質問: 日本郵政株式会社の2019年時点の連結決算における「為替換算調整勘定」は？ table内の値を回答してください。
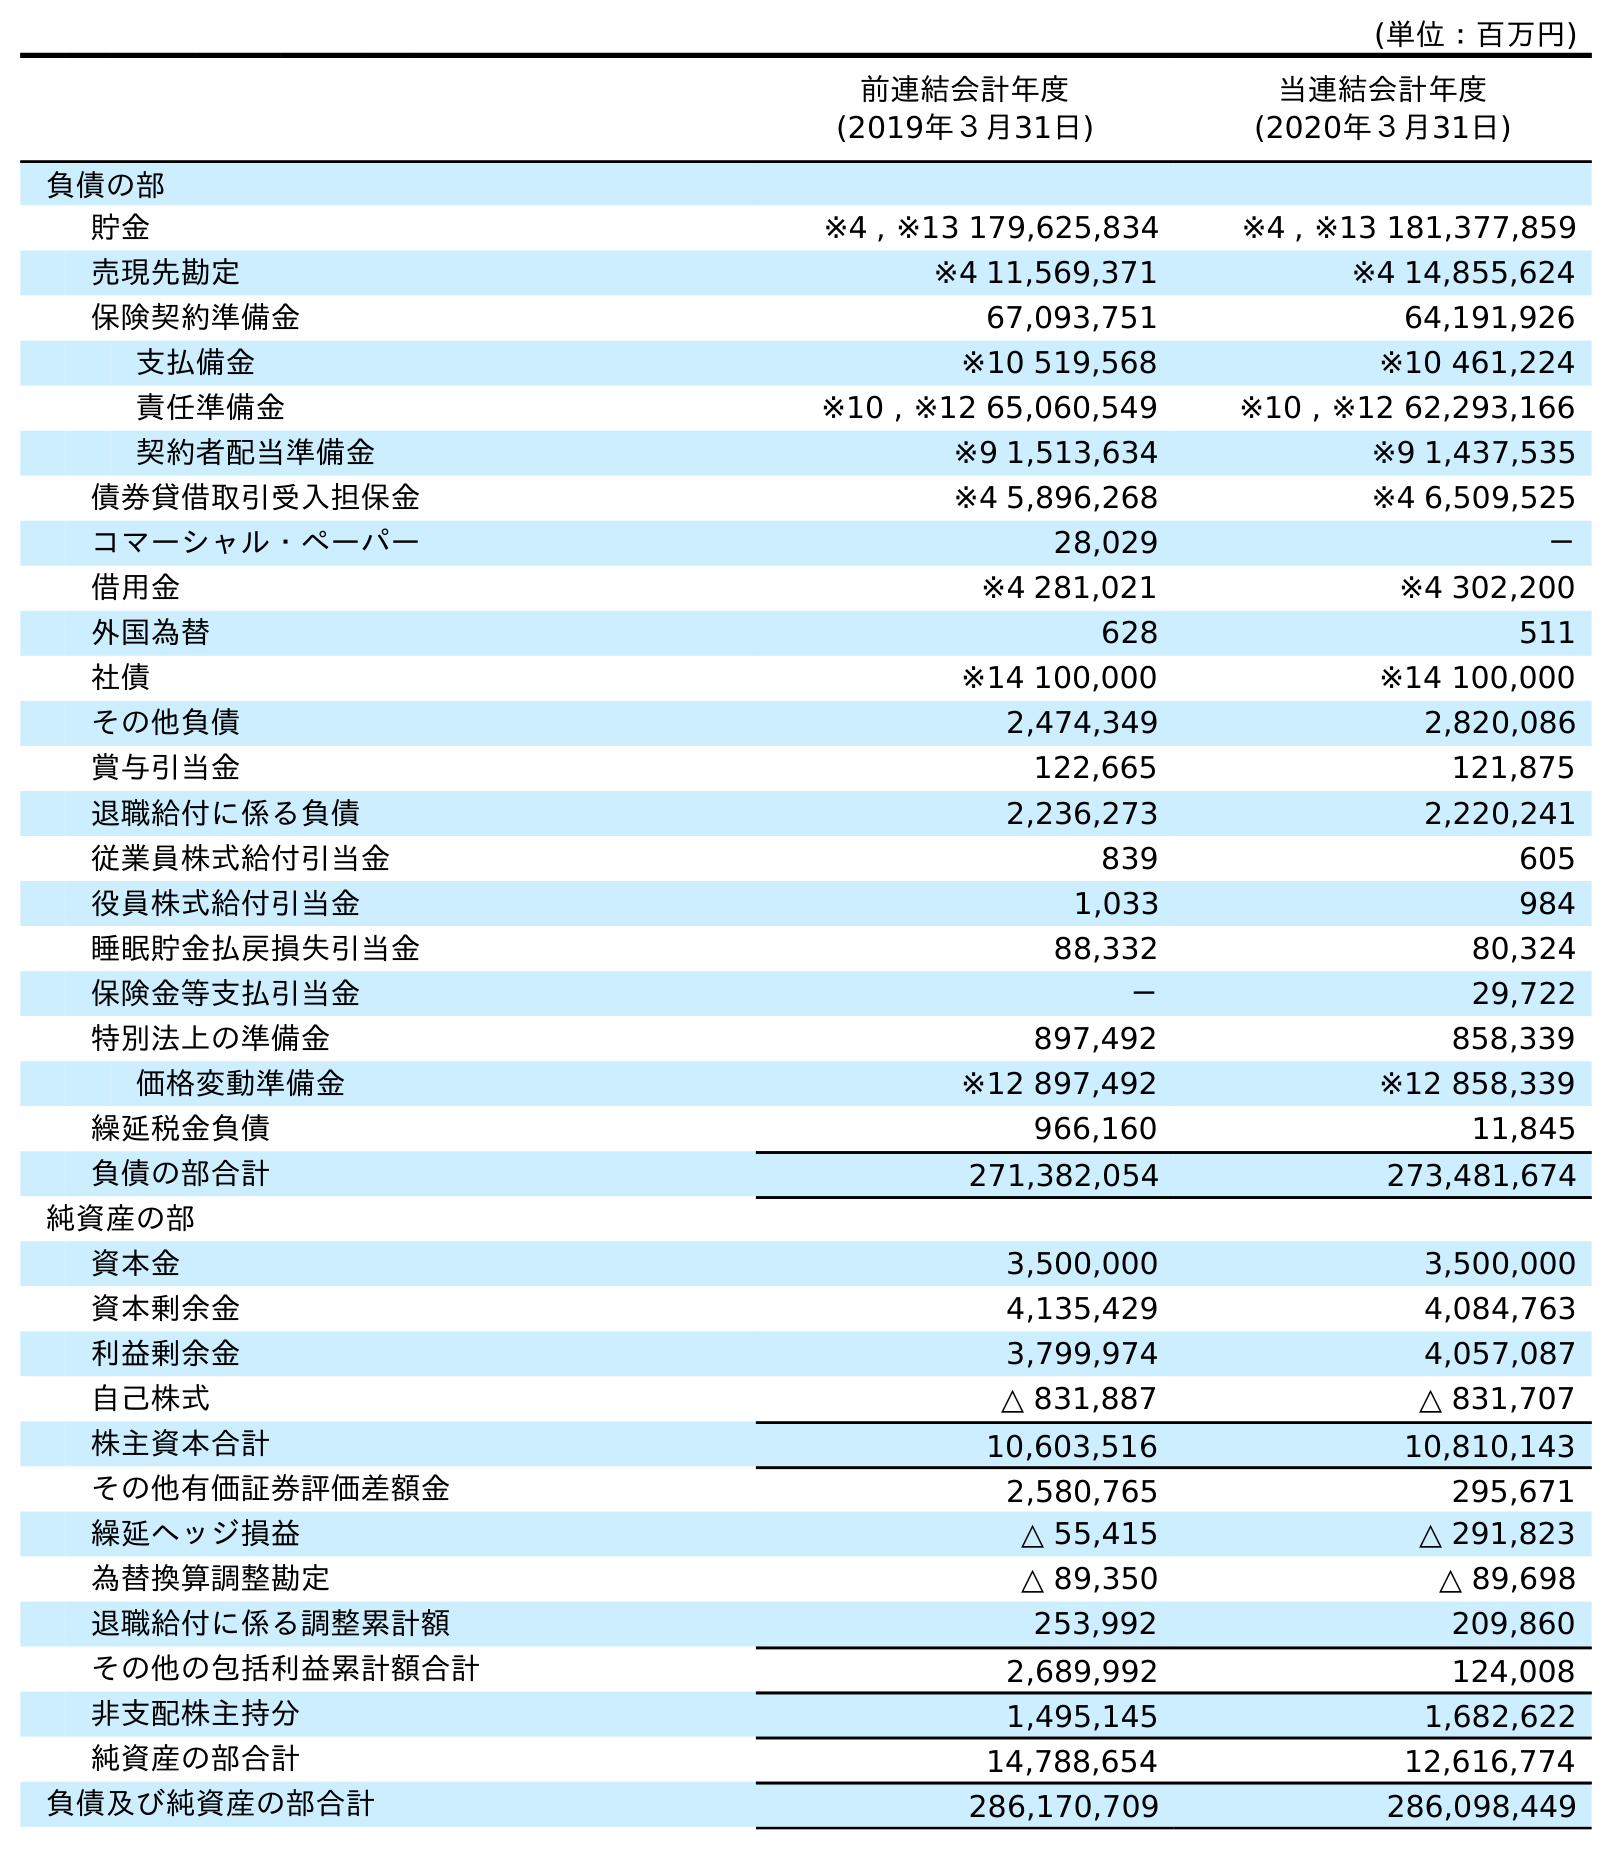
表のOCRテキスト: (単位：百万円) 前連結会計年度 (2019年３月31日) 当連結会計年度 (2020年３月31日) 負債の部 貯金 ※4 , ※13 179,625,834 ※4 , ※13 181,377,859 売現先勘定 ※4 11,569,371 ※4 14,855,624 保険契約準備金 67,093,751 64,191,926 支払備金 ※10 519,568 ※10 461,224 責任準備金 ※10 , ※12 65,060,549 ※10 , ※12 62,293,166 契約者配当準備金 ※9 1,513,634 ※9 1,437,535 債券貸借取引受入担保金 ※4 5,896,268 ※4 6,509,525 コマーシャル・ペーパー 28,029 － 借用金 ※4 281,021 ※4 302,200 外国為替 628 511 社債 ※14 100,000 ※14 100,000 その他負債 2,474,349 2,820,086 賞与引当金 122,665 121,875 退職給付に係る負債 2,236,273 2,220,241 従業員株式給付引当金 839 605 役員株式給付引当金 1,033 984 睡眠貯金払戻損失引当金 88,332 80,324 保険金等支払引当金 － 29,722 特別法上の準備金 897,492 858,339 価格変動準備金 ※12 897,492 ※12 858,339 繰延税金負債 966,160 11,845 負債の部合計 271,382,054 273,481,674 純資産の部 資本金 3,500,000 3,500,000 資本剰余金 4,135,429 4,084,763 利益剰余金 3,799,974 4,057,087 自己株式 △ 831,887 △ 831,707 株主資本合計 10,603,516 10,810,143 その他有価証券評価差額金 2,580,765 295,671 繰延ヘッジ損益 △ 55,415 △ 291,823 為替換算調整勘定 △ 89,350 △ 89,698 退職給付に係る調整累計額 253,992 209,860 その他の包括利益累計額合計 2,689,992 124,008 非支配株主持分 1,495,145 1,682,622 純資産の部合計 14,788,654 12,616,774 負債及び純資産の部合計 286,170,709 286,098,449
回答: △89,350